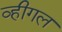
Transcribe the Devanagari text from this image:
व्हीगल